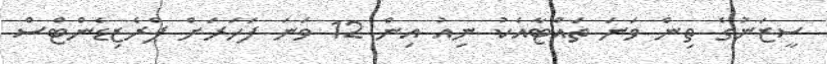
ސީޒަނުގެ ތިން ވަނަ ތައްޓާއެކު ނިއު އިން 12 ވަނަ ފަހަރަށް ޕްރެޒިޑެންޓްސް